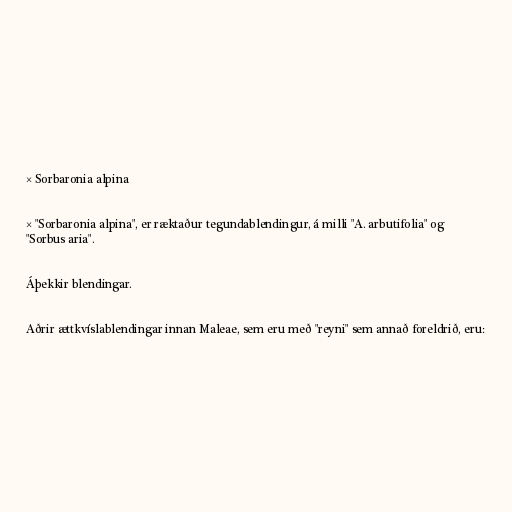
× Sorbaronia alpina

× "Sorbaronia alpina", er ræktaður tegundablendingur, á milli "A. arbutifolia" og
"Sorbus aria".

Áþekkir blendingar.

Aðrir ættkvíslablendingar innan Maleae, sem eru með "reyni" sem annað foreldrið, eru: